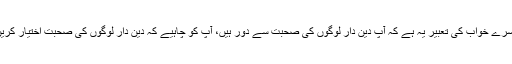
تیسرے خواب کی تعبیر یہ ہے کہ آپ دین دار لوگوں کی صحبت سے دور ہیں، آپ کو چاہیے کہ دین دار لوگوں کی صحبت اختیار کریں۔